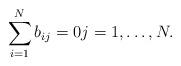
LaTeX: \begin{align*}\sum_{i=1}^N b_{ij} = 0j=1,\ldots,N.\end{align*}